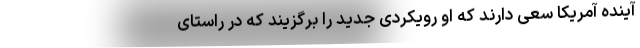
آینده آمریکا سعی دارند که او رویکردی جدید را برگزیند که در راستای